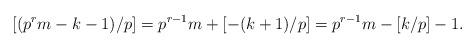
LaTeX: \begin{align*} [(p^r m - k - 1) / p] = p^{r - 1} m + [- (k + 1) / p] = p^{r - 1} m - [k / p] - 1. \end{align*}